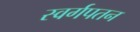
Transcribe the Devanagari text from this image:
स्वर्गपतन